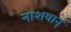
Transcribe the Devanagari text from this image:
नाशवान्‌